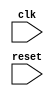
module behavior_modeling (
    input wire clk,
    input wire reset,
    // other input/output ports here
);

// Behavioral modeling block with sensitivity list
always @ (negedge clk)
begin
    // Code/behavior to be executed on negative edge of clk signal
    // For example:
    if (reset) begin
        // actions to be taken when reset signal is active
    end else begin
        // actions to be taken based on the negative edge of clk signal
    end
end

endmodule